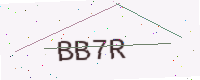
Text: BB7R